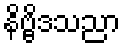
နိဗ္ဗိဒသညာ